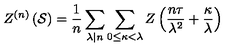
Z ^ { ( n ) } \left( \mathcal { S } \right) = \frac { 1 } { n } \sum _ { \lambda | n } \sum _ { 0 \leq \kappa < \lambda } Z \left( \frac { n \tau } { \lambda ^ { 2 } } + \frac { \kappa } { \lambda } \right)